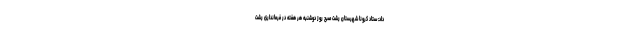
داد: ستاد کرونا شهرستان رشت صبح روز دوشنبه هر هفته در فرمانداری رشت